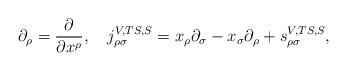
LaTeX: \begin{align*}\partial _\rho =\frac \partial {\partial x^\rho },\quad j_{\rho \sigma}^{V,TS,S}=x_\rho \partial _\sigma -x_\sigma \partial _\rho +s_{\rho \sigma}^{V,TS,S}, \end{align*}